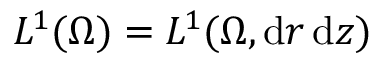
L ^ { 1 } ( \Omega ) = L ^ { 1 } ( \Omega , \mathrm { d } r \, \mathrm { d } z )